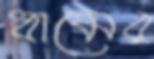
ধামের